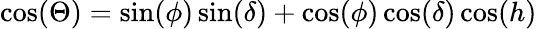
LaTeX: \cos(\Theta)=\sin(\phi)\sin(\delta)+\cos(\phi)\cos(\delta)\cos(h)